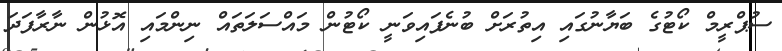
ސުޕްރީމް ކޯޓުގެ ބަޔާނުގައި އިތުރަށް ބުނެފައިވަނީ ކޯޓުން މައްސަލަތައް ނިންމައި އޮޅުން ނާރާފަދަ